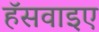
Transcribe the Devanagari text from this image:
हॅसवाइए